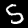
Digit: 5